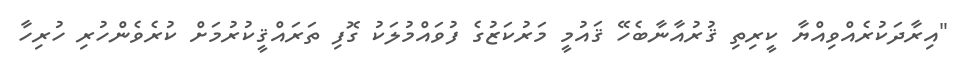
"އިރާދަކުރެއްވިއްޔާ ކީރިތި ޤުރުއާނާބެހޭ ޤައުމީ މަރުކަޒުގެ ފުވައްމުލަކު ގޮފި ތަރައްޤީކުރުމަށް ކުރެވެންހުރި ހުރިހާ